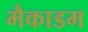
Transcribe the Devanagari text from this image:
मैकाडम